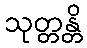
သုတ္တန္တိ